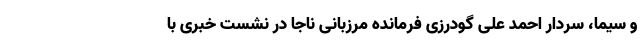
و سیما، سردار احمد علی گودرزی فرمانده مرزبانی ناجا در نشست خبری با